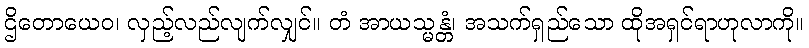
ဌိတောယေဝ၊ လှည့်လည်လျက်လျှင်။ တံ အာယသ္မန္တံ၊ အသက်ရှည်သော ထိုအရှင်ရာဟုလာကို။